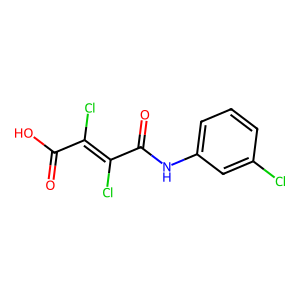
SMILES: O=C(O)C(Cl)=C(Cl)C(=O)Nc1cccc(Cl)c1
Inhibits HIV replication: No